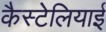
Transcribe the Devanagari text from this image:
कैस्टेलियाई